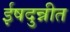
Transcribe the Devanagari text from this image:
ईषदुन्नीत